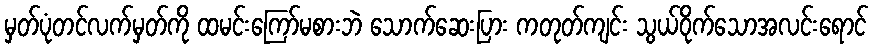
မှတ်ပုံတင်လက်မှတ်ကို ထမင်းကြော်မစားဘဲ သောက်ဆေးပြား ကတုတ်ကျင်း သွယ်ဝိုက်သောအလင်းရောင်